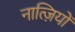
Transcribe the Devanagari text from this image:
नात्ज़ियों